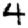
Digit: 4